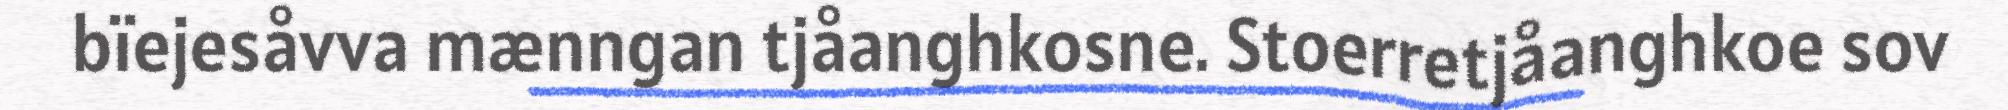
bïejesåvva mænngan tjåanghkosne. Stoerretjåanghkoe sov